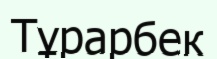
Тұрарбек